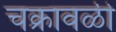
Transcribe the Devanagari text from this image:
चक्रावळी